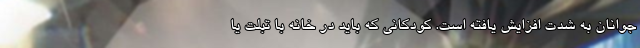
جوانان به شدت افزایش یافته است. کودکانی که باید در خانه با تبلت یا